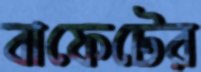
বাফেটের